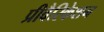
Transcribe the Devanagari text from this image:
प्रीवैरिकेशन